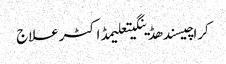
کراچیسندھڈینگیتعلیمڈاکٹرعلاج